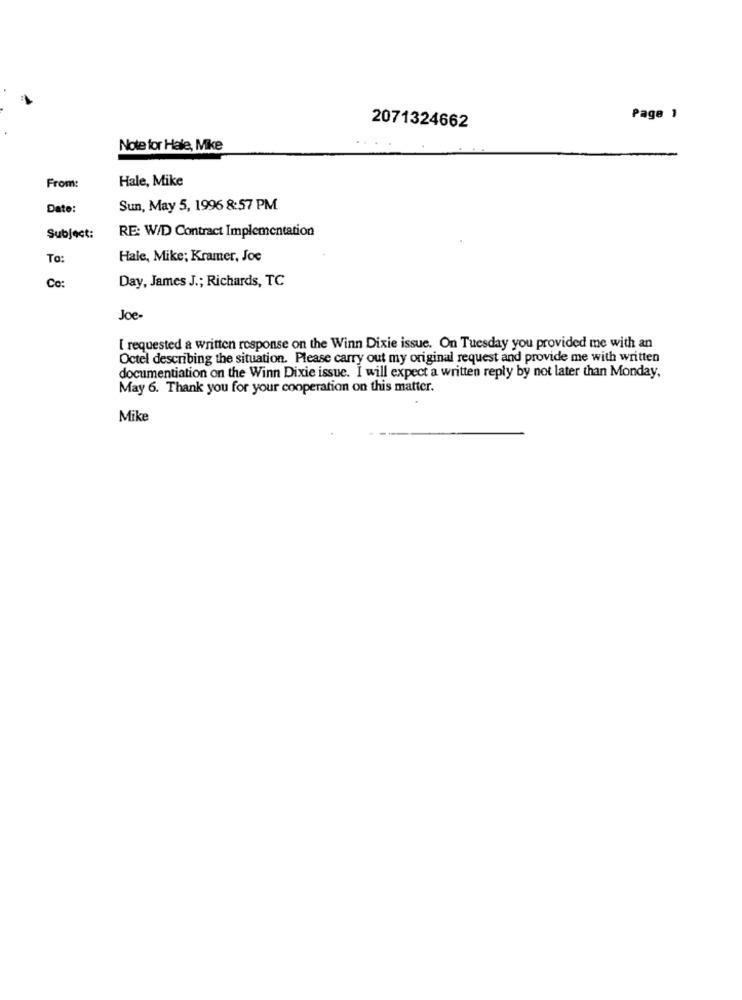
Page 1
2071324662
Note for Hale, Mike
Hale, Mike
From:
Date:
Sun, May 5, 1996 8:57 PM
RE: W/D Contract Implementation
Subject:
To:
Hale, Mike; Kramer, Joe
Day, James J .; Richards, TC
Co:
Joe-
[ requested a written response on the Winn Dixie issue. On Tuesday you provided me with an
Octel describing the situation. Please carry out my original request and provide me with written
documentiation on the Winn Dixie issue. I will expect a written reply by not later than Monday,
May 6. Thank you for your cooperation on this matter.
Mike